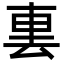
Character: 𨊪